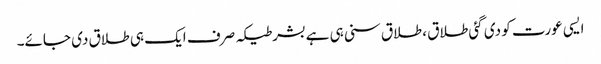
ایسی عورت کو دی گئی طلاق ، طلاق سنی ہی ہےبشرطیکہ صرف ایک ہی طلاق دی جائے۔